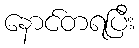
နောင်တရပြီး